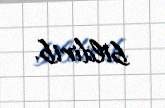
bildirib.